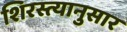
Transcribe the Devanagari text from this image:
शिरस्त्यानुसार